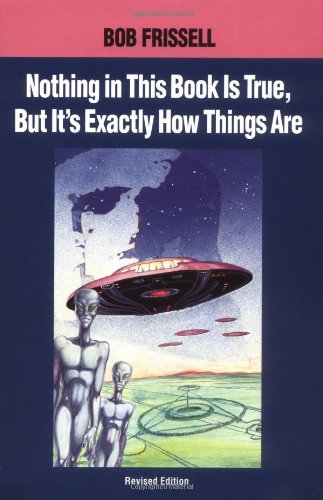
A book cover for Nothing in This Book is True, But That's Exactly How Things Are: The Esoteric Meaning of the Monuments on Mars; Bob Frissell; Science & Math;